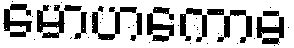
မောဟကောဓ